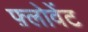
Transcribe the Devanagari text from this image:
फ़्लोवेंट